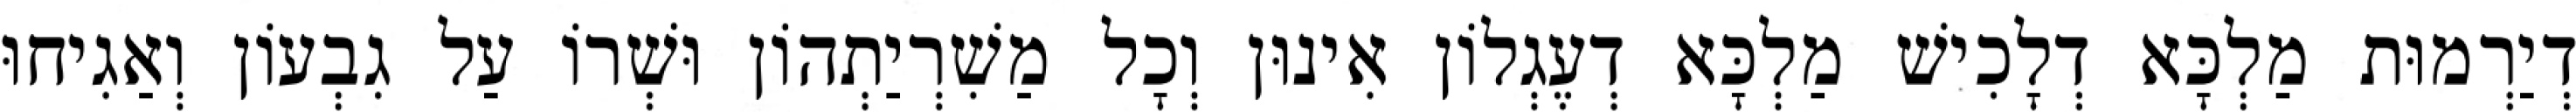
דְיַרְמוּת מַלְכָּא דְלָכִישׁ מַלְכָּא דְעֶגְלוֹן אִינוּן וְכָל מַשִׁרְיַתְהוֹן וּשְׁרוֹ עַל גִבְעוֹן וְאַגִיחוּ